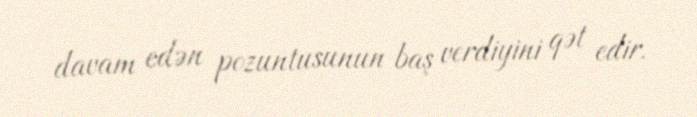
davam edən pozuntusunun baş verdiyini qət edir.